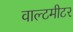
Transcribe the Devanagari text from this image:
वाल्टमीटर